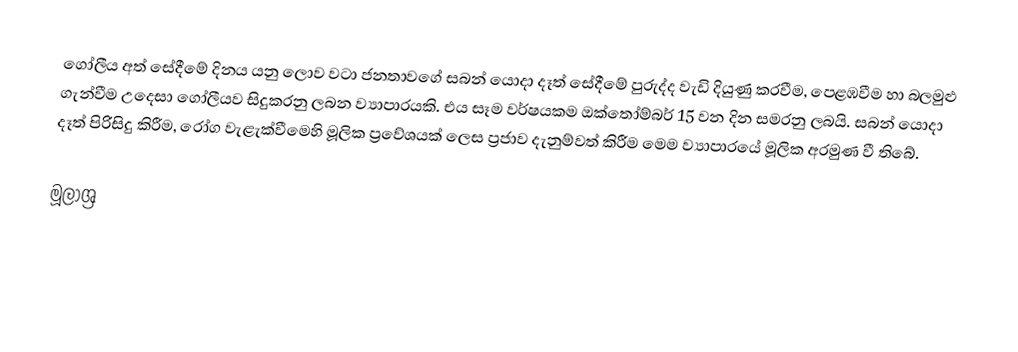
ගෝලීය අත් සේදීමේ දිනය  යනු ලොව වටා ජනතාවගේ සබන් යොදා දෑත් සේදීමේ පුරුද්ද වැඩි දියුණු කරවීම, පෙළඹවීම හා බලමුළු ගැන්වීම උදෙසා ගෝලීයව සිදුකරනු ලබන ව්‍යාපාරයකි. එය සෑම වර්ෂයකම ඔක්තෝම්බර් 15 වන දින සමරනු ලබයි. සබන් යොදා දෑත් පිරිසිදු කිරීම, රෝග වැළැක්වීමෙහි මූලික ප්‍රවේශයක් ලෙස ප්‍රජාව දැනුම්වත් කිරීම මෙම ව්‍යාපාරයේ මූලික අරමුණ වී තිබේ.

මූලාශ්‍ර